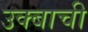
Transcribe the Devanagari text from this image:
उक्बाची